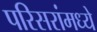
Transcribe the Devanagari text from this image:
परिसरांमध्ये